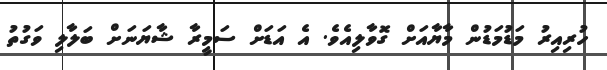
ހުރިއިރު މަޑުމަޑުން މާޔާއަށް ގޮވާލިއެވެ. އެ އަޑަށް ސަމީރާ ޝާޔަނަށް ބަލާލި ވަގުތު